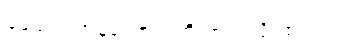
ခင်ဗျား ဘန်ကောက်ကို ဘယ်လို ထင်လဲ။